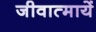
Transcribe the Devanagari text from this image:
जीवात्मायें